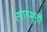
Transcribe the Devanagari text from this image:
त्यागमूर्ती